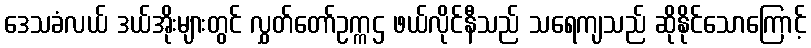
ဒေသခံလယ် ဒယ်အိုးများတွင် လွှတ်တော်ဥက္ကဌ ဖယ်လိုင်နီသည် သရေကျသည် ဆိုနိုင်သောကြောင့်